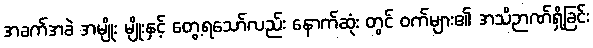
အခက်အခဲ အမျိုး မျိုးနှင့် တွေ့ရသော်လည်း နောက်ဆုံး တွင် ဝက်များ၏ အသိဉာဏ်ရှိခြင်း